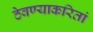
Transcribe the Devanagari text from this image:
ठेवण्याकरितां